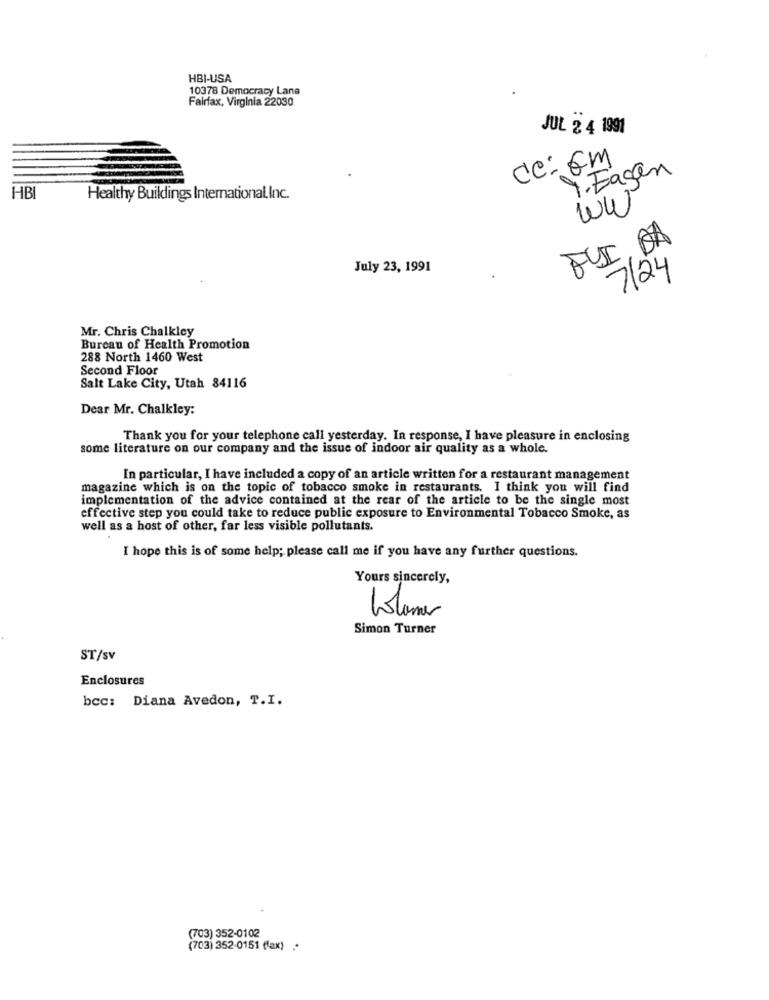
HBI-USA
10378 Democracy Lane
Fairfax, Virginia 22030
JUL 2 4 1991
cc: Em
Y. Fagen
HBI
Healthy Buildings International,Inc.
Ww
FYI, DA
July 23, 1991
7/24
Mr. Chris Chalkley
Bureau of Health Promotion
288 North 1460 West
Second Floor
Salt Lake City, Utah 84116
Dear Mr. Chalkley:
Thank you for your telephone call yesterday. In response, I have pleasure in enclosing
some literature on our company and the issue of indoor air quality as a whole.
In particular, I have included a copy of an article written for a restaurant management
magazine which is on the topic of tobacco smoke in restaurants. I think you will find
implementation of the advice contained at the rear of the article to be the single most
effective step you could take to reduce public exposure to Environmental Tobacco Smoke, as
well as a host of other, far less visible pollutants.
I hope this is of some help; please call me if you have any further questions.
Yours sincerely,
Volumes
Simon Turner
ST/sv
Enclosures
bcc: Diana Avedon, T.I.
(703) 352-0102
(703) 352-0151 (fax) .